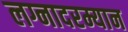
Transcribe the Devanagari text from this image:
लग्नादरम्यान